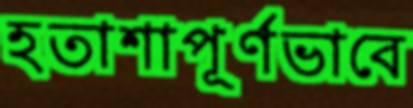
হতাশাপূর্ণভাবে